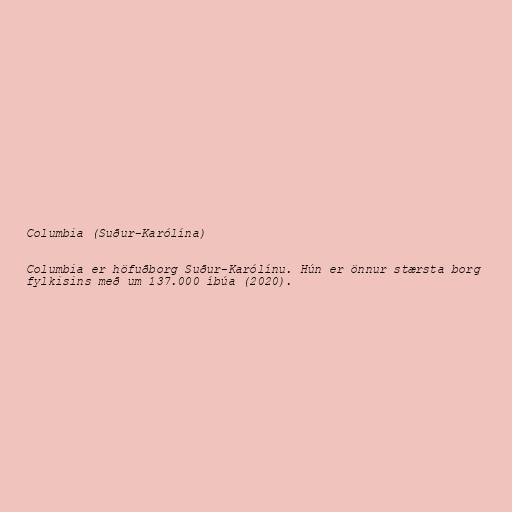
Columbia (Suður-Karólína)

Columbia er höfuðborg Suður-Karólínu. Hún er önnur stærsta borg
fylkisins með um 137.000 íbúa (2020).